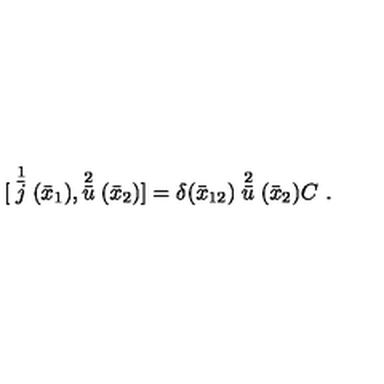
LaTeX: { [ } \stackrel { 1 } { \bar { j } } ( \bar { x } _ { 1 } ) , \stackrel { 2 } { \bar { u } } ( \bar { x } _ { 2 } ) ] = \delta ( \bar { x } _ { 1 2 } ) \stackrel { 2 } { \bar { u } } ( \bar { x } _ { 2 } ) C \ .